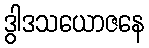
ဒွါဒသယောဇနေ